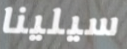
سيلينا